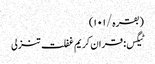
(بقرہ/١٠١)
ٹیگس: قران کریم غفلت تنزلی